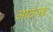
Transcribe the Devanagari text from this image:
आठगढ